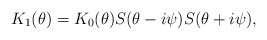
\begin{align*}K_1 (\theta )= K_0(\theta ) S(\theta - i\psi )S(\theta + i\psi),\end{align*}